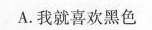
A.我就喜欢黑色